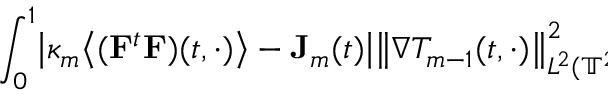
\begin{array} { r l } { \lefteqn { \int _ { 0 } ^ { 1 } \bigl | \kappa _ { m } \bigl \langle ( \mathbf { F } ^ { t } \mathbf { F } ) ( t , \cdot ) \bigr \rangle - \mathbf { J } _ { m } ( t ) \bigr | \bigl \| \nabla T _ { m - 1 } ( t , \cdot ) \bigr \| _ { L ^ { 2 } ( \ensuremath { \mathbb { T } } ^ { 2 } ) } ^ { 2 } \, d t } \quad } & { { } } \end{array}